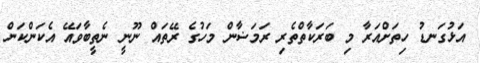
އަޅުގަނޑު ހިތަށްއަރާ މި ބަރަކާތްތެރި ރަމަޟާން މަހުގެ ރޭތައް ނޫނީ ނެތީބާވައޭ އެކަންކަން